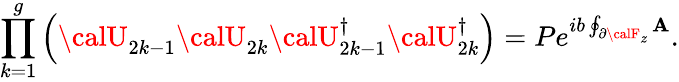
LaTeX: \prod_{k=1}^{g}\left({\calU}_{2k-1}{\calU}_{2k}{\calU}_{2k-1}^{\dagger}{\calU}_{2k}^{\dagger}\right)=Pe^{ib\oint_{\partial{\calF}_{z}}\mathbf{A}}.